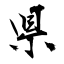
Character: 県